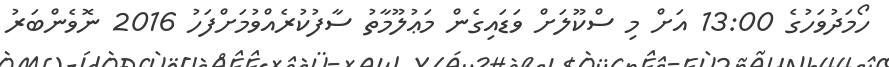
ހޯމަދުވަހުގެ 13:00 އަށް މި ސްކޫލަށް ވަޑައިގެން މަޢުލޫމާތު ސާފުކުރެއްވުމަށްފަހު 2016 ނޮވެންބަރު